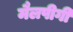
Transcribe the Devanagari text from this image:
मैलपीगी